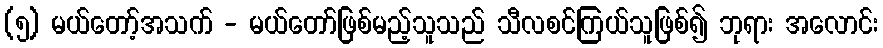
(၅) မယ်တော့်အသက် - မယ်တော်ဖြစ်မည့်သူသည် သီလစင်ကြယ်သူဖြစ်၍ ဘုရား အလောင်း